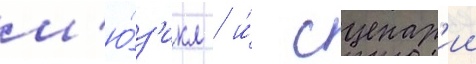
м'ю́з'икл / и́ сценар'ии